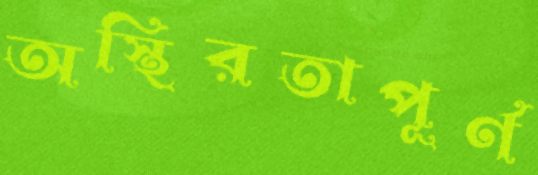
অস্থিরতাপূর্ণ